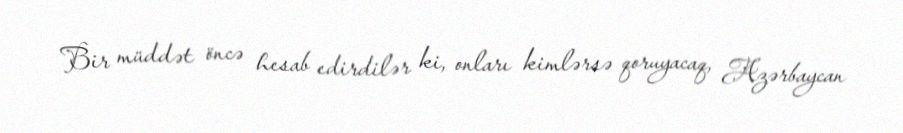
Bir müddət öncə hesab edirdilər ki, onları kimlərsə qoruyacaq, Azərbaycan